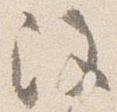
注